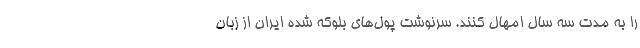
را به مدت سه سال امهال کنند. سرنوشت پول‌های بلوکه شده ایران از زبان